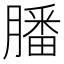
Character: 膰